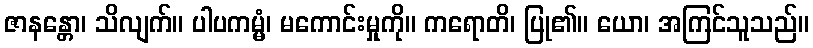
ဇာနန္တော၊ သိလျက်။ ပါပကမ္မံ၊ မကောင်းမှုကို။ ကရောတိ၊ ပြု၏။ ယော၊ အကြင်သူသည်။